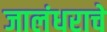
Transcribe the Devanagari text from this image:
जालंधराचे